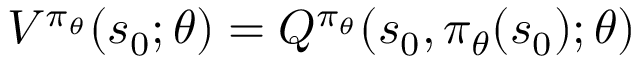
V ^ { \pi _ { \theta } } ( s _ { 0 } ; \theta ) = Q ^ { \pi _ { \theta } } ( s _ { 0 } , \pi _ { \theta } ( s _ { 0 } ) ; \theta )